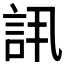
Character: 𬢠